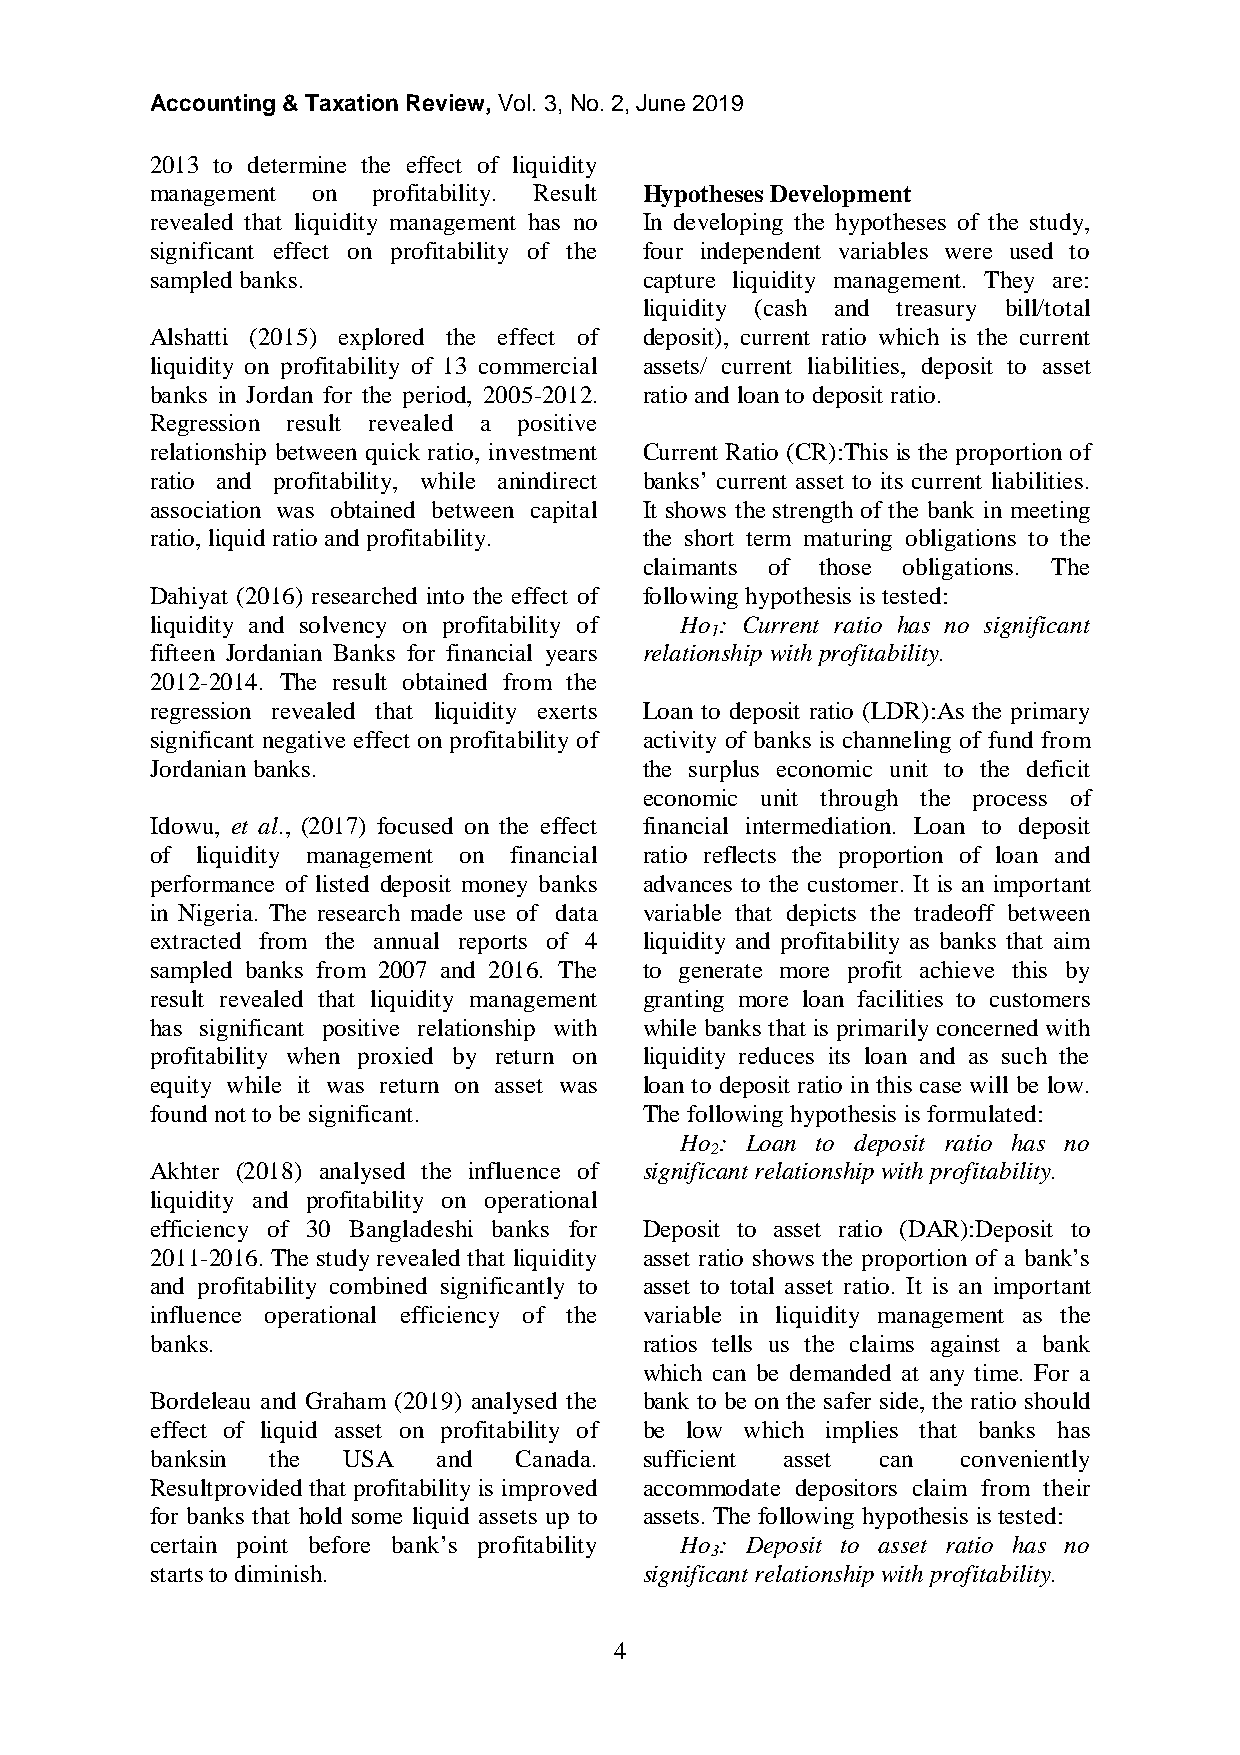
Accounting & Taxation Review, Vol. 3, No. 2, June 2019
 2013 to determine the effect of liquidity
 management on  profitability. Result Hypotheses Development
 revealed that liquidity management has no In developing the hypotheses of the study,
 significant effect on profitability of the four independent variables were used to
 sampled banks.                   capture liquidity management. They are:
 liquidity (cash and treasury bill/total
 Alshatti (2015) explored the effect of deposit), current ratio which is the current
 liquidity on profitability of 13 commercial assets/ current liabilities, deposit to asset
 banks in Jordan for the period, 2005-2012. ratio and loan to deposit ratio.
 Regression result revealed a positive
 relationship between quick ratio, investment Current Ratio (CR):This is the proportion of
 ratio and profitability, while anindirect banks’ current asset to its current liabilities.
 association was obtained between capital It shows the strength of the bank in meeting
 ratio, liquid ratio and profitability. the short term maturing obligations to the
 claimants of those obligations. The
 Dahiyat (2016) researched into the effect of following hypothesis is tested:
 liquidity and solvency on profitability of Ho : Current ratio has no significant
 1
 fifteen Jordanian Banks for financial years relationship with profitability.
 2012-2014. The result obtained from the
 regression revealed that liquidity exerts Loan to deposit ratio (LDR):As the primary
 significant negative effect on profitability of activity of banks is channeling of fund from
 Jordanian banks.                 the surplus economic unit to the deficit
 economic unit through the process of
 Idowu, et al., (2017) focused on the effect financial intermediation. Loan to deposit
 of liquidity management on financial ratio reflects the proportion of loan and
 performance of listed deposit money banks advances to the customer. It is an important
 in Nigeria. The research made use of data variable that depicts the tradeoff between
 extracted from the annual reports of 4 liquidity and profitability as banks that aim
 sampled banks from 2007 and 2016. The to generate more profit achieve this by
 result revealed that liquidity management granting more loan facilities to customers
 has significant positive relationship with while banks that is primarily concerned with
 profitability when proxied by return on liquidity reduces its loan and as such the
 equity while it was return on asset was loan to deposit ratio in this case will be low.
 found not to be significant.     The following hypothesis is formulated:
 Ho : Loan to deposit ratio has no
 2
 Akhter (2018) analysed the influence of significant relationship with profitability.
 liquidity and profitability on operational
 efficiency of 30 Bangladeshi banks for Deposit to asset ratio (DAR):Deposit to
 2011-2016. The study revealed that liquidity asset ratio shows the proportion of a bank’s
 and profitability combined significantly to asset to total asset ratio. It is an important
 influence operational efficiency of the variable in liquidity management as the
 banks.                           ratios tells us the claims against a bank
 which can be demanded at any time. For a
 Bordeleau and Graham (2019) analysed the bank to be on the safer side, the ratio should
 effect of liquid asset on profitability of be low which implies that banks has
 banksin the  USA   and  Canada.  sufficient asset can conveniently
 Resultprovided that profitability is improved accommodate depositors claim from their
 for banks that hold some liquid assets up to assets. The following hypothesis is tested:
 certain point before bank’s profitability Ho : Deposit to asset ratio has no
 3
 starts to diminish.              significant relationship with profitability.
 4